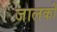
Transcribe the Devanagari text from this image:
जालकों